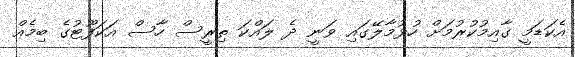
އެކަޑަމީ ގާއިމުކުރުމަށް ހުޅުމާލޭގައި ވަނީ ދެ ލައްކަ ތިރީސް ހާސް އަކަފޫޓުގެ ބިމެއް